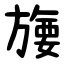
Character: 㫏